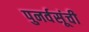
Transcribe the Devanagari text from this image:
पुनर्वसूंची